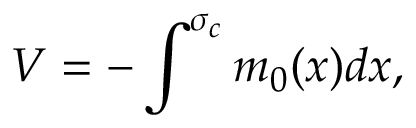
V = - \int ^ { \sigma _ { c } } m _ { 0 } { ( x ) } d x ,